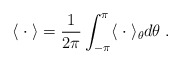
\begin{align*}\langle \; \cdot \; \rangle = \frac{1}{2\pi}\int_{-\pi}^{\pi}\langle \; \cdot \; \rangle_\theta d\theta \;.\end{align*}